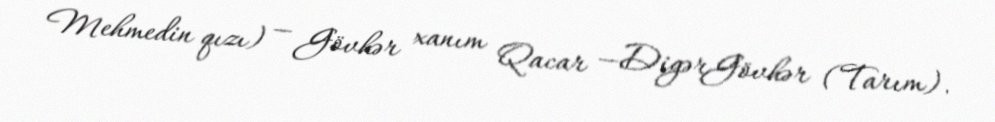
Mehmedin qızı) — Gövhər xanım Qacar —DigərGövhər (Tarım).